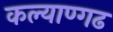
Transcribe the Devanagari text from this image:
कल्याण्गढ